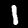
Label: 1